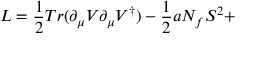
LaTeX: L = \frac { 1 } { 2 } T r ( \partial _ { \mu } V \partial _ { \mu } V ^ { \dagger } ) - \frac { 1 } { 2 } a N _ { f } S ^ { 2 } +